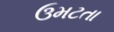
ઉમટતા